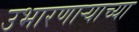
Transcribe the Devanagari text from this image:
उभारणार्‍याच्या